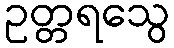
ဥတ္တရသွေ